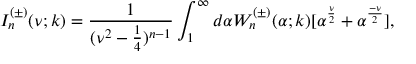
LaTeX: I _ { n } ^ { ( \pm ) } ( \nu ; k ) = \frac { 1 } { ( \nu ^ { 2 } - \frac { 1 } { 4 } ) ^ { n - 1 } } \int _ { 1 } ^ { \infty } d \alpha W _ { n } ^ { ( \pm ) } ( \alpha ; k ) [ \alpha ^ { \frac { \nu } { 2 } } + \alpha ^ { \frac { - \nu } { 2 } } ] ,